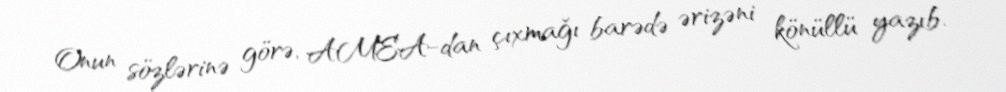
Onun sözlərinə görə, AMEA-dan çıxmağı barədə ərizəni könüllü yazıb.